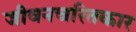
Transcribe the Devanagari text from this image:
जीवनचरितकार